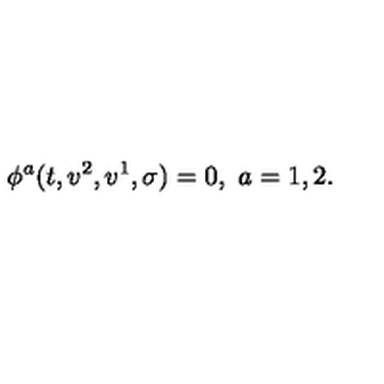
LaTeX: \phi ^ { a } ( t , v ^ { 2 } , v ^ { 1 } , \sigma ) = 0 , \ a = 1 , 2 .